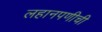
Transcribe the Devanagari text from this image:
लहानपणीची